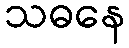
သဓနေ